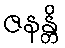
ဇနန္တိ